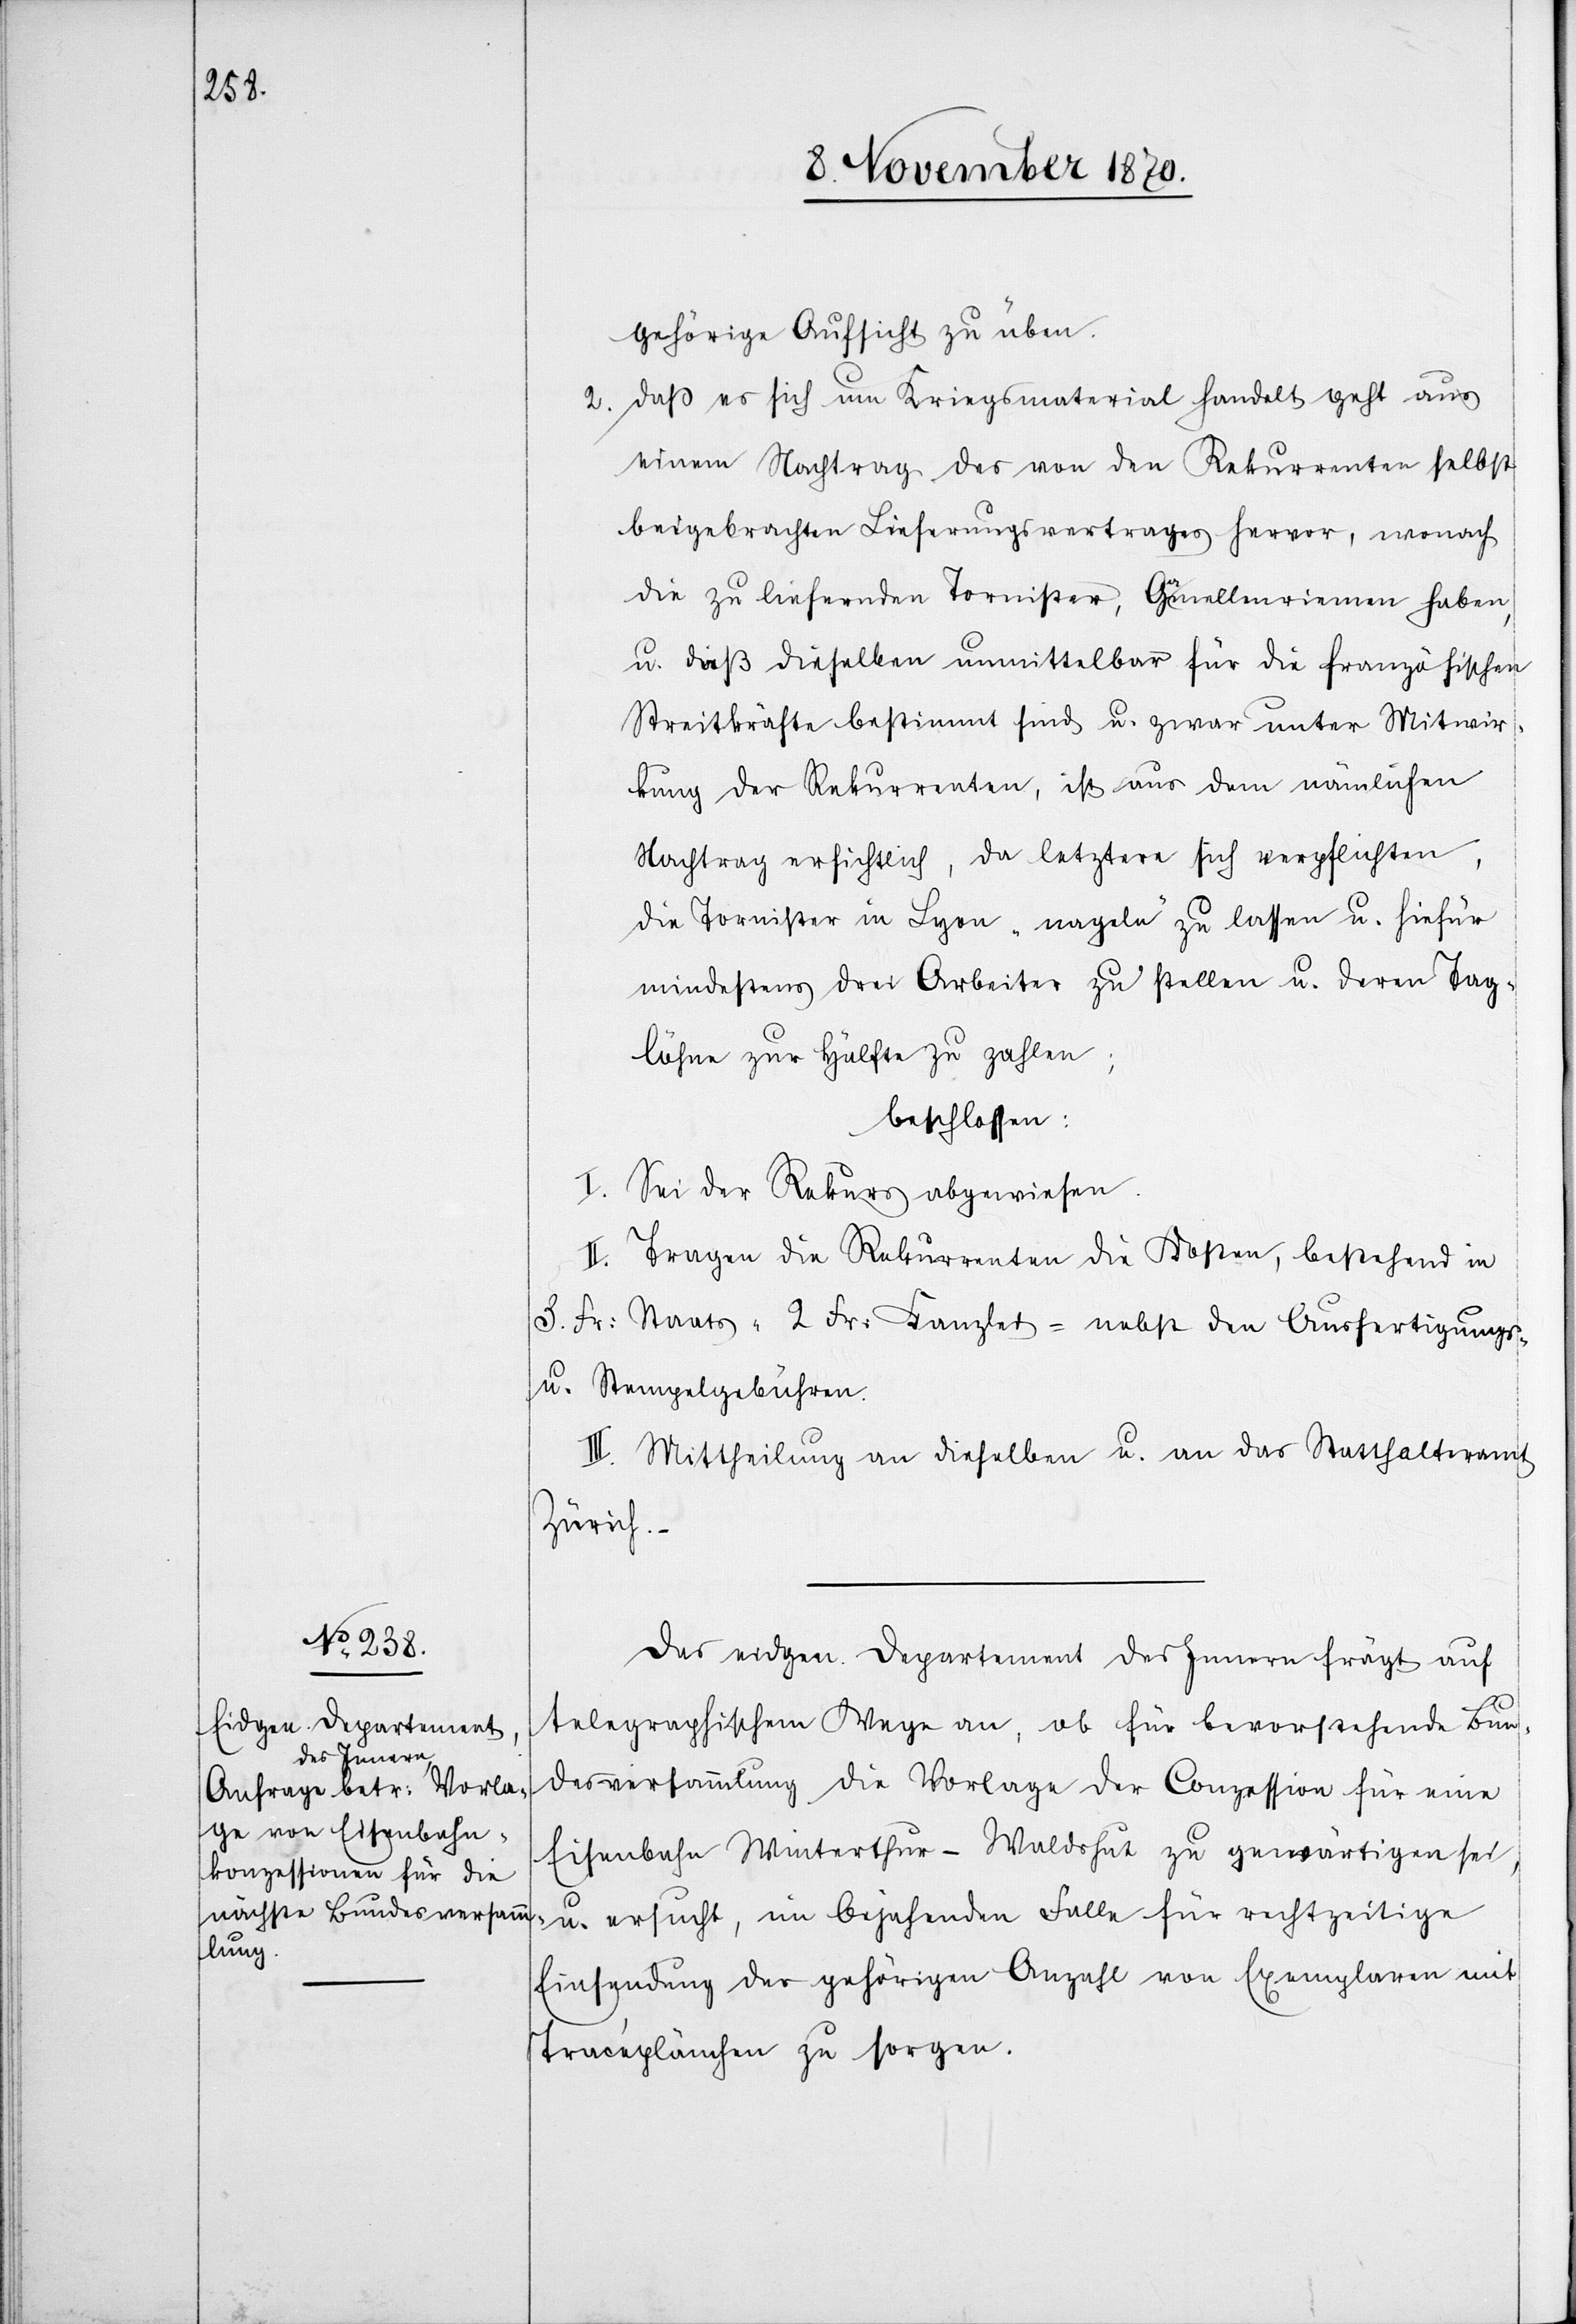
gehörige Aufsicht zu üben.
2. Daß es sich um Kriegsmaterial handelt geht aus
einem Nachtrag des von den Rekurrenten selbst
beigebrachten Lieferungsvertrages hervor, wonach
die zu liefernden Tornister, Gamellenriemen haben,
u. dieß dieselben unmittelbar für die französischen
Streitkräfte bestimmt sind u. zwar unter Mitwir¬
kung der Rekurrenten, ist aus dem nämlichen
Nachtrag ersichtlich, da letztere sich verpflichten,
die Tornister in Lyon „nageln“ zu lassen u. hiefür
mindestens drei Arbeiter zu stellen u. deren Tag¬
löhne zur Hälfte zu zahlen;
beschlossen:
I. Sei der Rekurs abgewiesen.
II. Tragen die Rekurrenten die Kosten, bestehend in
3. Fr: Staats-[,] 2 Fr: Kanzlei-[,] nebst den Ausfertigungs-
u. Stempelgebühren.
III. Mittheilung an dieselben u. an das Statthalteramt
Zürich.
Das eidgen. Departement des Innern frägt auf
telegraphischem Wege an, ob für bevorstehende Bun¬
desversammlung die Vorlage der Conzession für eine
Eisenbahn Winterthur–Waldshut zu gewärtigen sei,
u. ersucht, im bejahenden Falle für rechtzeitige
Einsendung der gehörigen Anzahl von Exemplaren mit
Tracéplänchen zu sorgen.